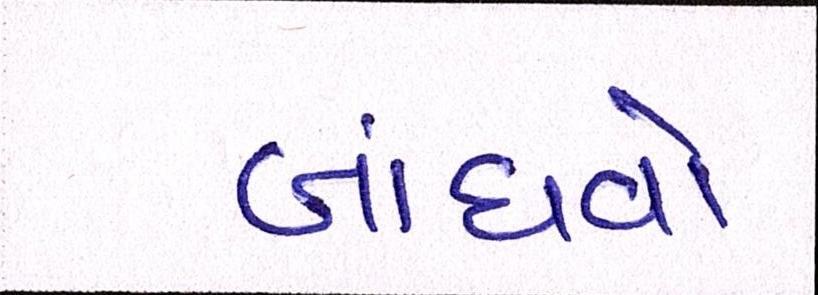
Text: બાંધવો